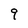
Character: 9